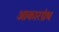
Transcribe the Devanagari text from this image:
आकारग्रंथ